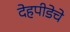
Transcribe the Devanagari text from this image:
देहपीडेचे